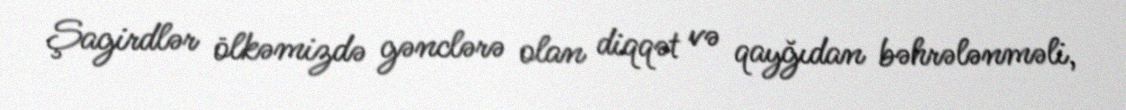
Şagirdlər ölkəmizdə gənclərə olan diqqət və qayğıdan bəhrələnməli,